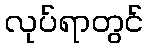
လုပ်ရာတွင်